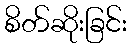
စိတ်ဆိုးခြင်း